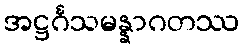
အဋ္ဌင်္ဂသမန္နာဂတဿ